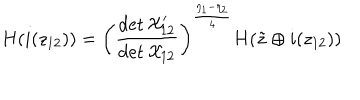
H ( i ( z _ { 1 2 } ) ) = \left( \frac { \det { \cal X } _ { 1 2 } ^ { \prime } } { \det { \cal X } _ { 1 2 } } \right) ^ { \frac { \eta _ { 1 } - \eta _ { 2 } } { 4 } } H ( \tilde { z } \oplus i ( z _ { 1 2 } ) )